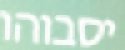
יסבוהו